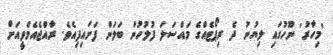
'މިހާރު' ނޫހުގައި ލިޔުނު ދެ ރިޕޯޓެއްގެ މައްސަލަ ފުލުހުން ބަލަން ފަށައިފިއެވެ. ރާއްޖެއެމްވީއަށް